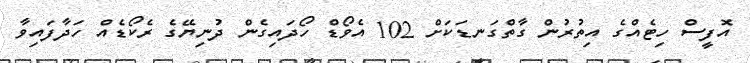
އޮފީސް ހިޓެއްގެ އިތުރުން ގާތްގަނޑަކަށް 102 އެވޯޑް ހޯދައިގެން ދުނިޔޭގެ ރެކޯޑެއް ހަދާފައިވާ